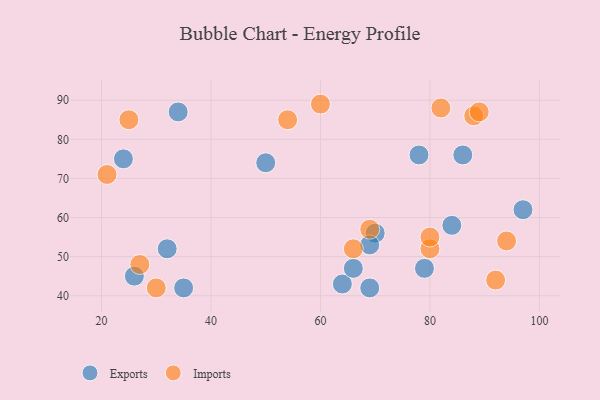
{"axis": {"x": "GDP", "y": "Life Expectancy"}, "legend": ["Exports", "Imports"], "data": [{"x": "64", "y": 43, "type": "Exports"}, {"x": "86", "y": 76, "type": "Exports"}, {"x": "26", "y": 45, "type": "Exports"}, {"x": "34", "y": 87, "type": "Exports"}, {"x": "35", "y": 42, "type": "Exports"}, {"x": "97", "y": 62, "type": "Exports"}, {"x": "32", "y": 52, "type": "Exports"}, {"x": "70", "y": 56, "type": "Exports"}, {"x": "69", "y": 53, "type": "Exports"}, {"x": "84", "y": 58, "type": "Exports"}, {"x": "50", "y": 74, "type": "Exports"}, {"x": "79", "y": 47, "type": "Exports"}, {"x": "66", "y": 47, "type": "Exports"}, {"x": "24", "y": 75, "type": "Exports"}, {"x": "78", "y": 76, "type": "Exports"}, {"x": "69", "y": 42, "type": "Exports"}, {"x": "88", "y": 86, "type": "Imports"}, {"x": "21", "y": 71, "type": "Imports"}, {"x": "94", "y": 54, "type": "Imports"}, {"x": "66", "y": 52, "type": "Imports"}, {"x": "92", "y": 44, "type": "Imports"}, {"x": "27", "y": 48, "type": "Imports"}, {"x": "89", "y": 87, "type": "Imports"}, {"x": "82", "y": 88, "type": "Imports"}, {"x": "69", "y": 57, "type": "Imports"}, {"x": "60", "y": 89, "type": "Imports"}, {"x": "80", "y": 52, "type": "Imports"}, {"x": "30", "y": 42, "type": "Imports"}, {"x": "25", "y": 85, "type": "Imports"}, {"x": "80", "y": 55, "type": "Imports"}, {"x": "54", "y": 85, "type": "Imports"}]}